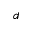
d